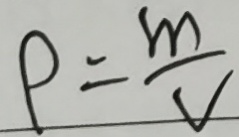
\rho = \frac { m } { v }